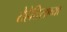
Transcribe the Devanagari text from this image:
तेहेतिसाव्या